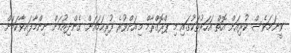
ވީނަމަވެސް ކުރިއަށް އޮތް އަހަރުތަކުގައި މި ޕްރޮގްރާމް މިއަށްވުރެ ފުރިހަމައަށް ގެންދިއުމަށް ނިންމާފައިވާކަމަށް